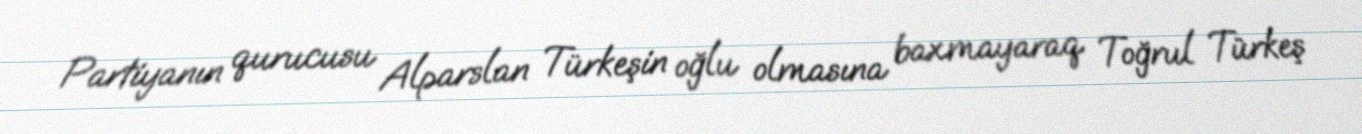
Partiyanın qurucusu Alparslan Türkeşin oğlu olmasına baxmayaraq Toğrul Türkeş